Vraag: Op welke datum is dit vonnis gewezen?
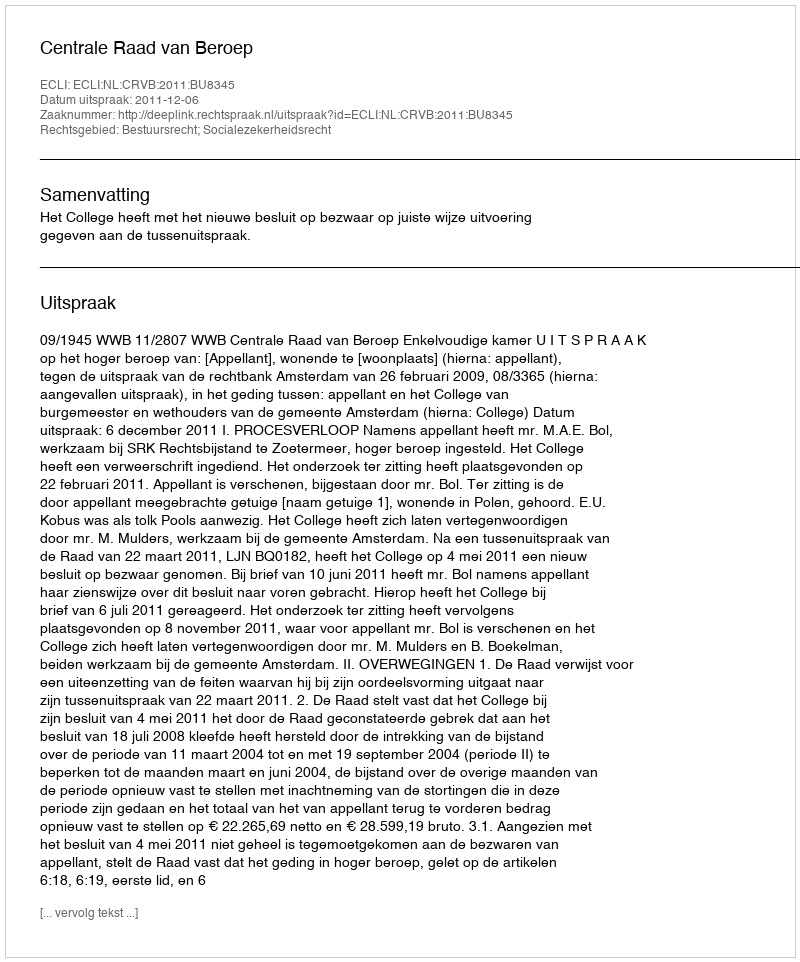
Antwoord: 2011-12-06